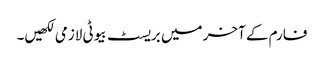
فارم کے آخر میں بریسٹ بیوٹی لازمی لکھیں۔